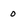
Character: 0